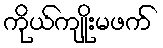
ကိုယ်ကျိုးမဖက်